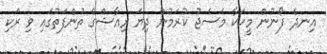
އިނދެ ފޯނުން މީހަކާ މެސެޖު ކުރަމުން ދިޔަ ރިއާޝްގެ ތުންފަތުގައި ވި ރަކި